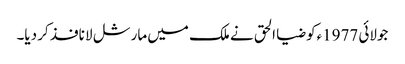
جولائی 1977ءکو ضیا الحق نے ملک میں مارشل لا نافذ کر دیا۔